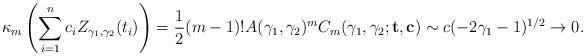
LaTeX: \begin{align*}\kappa_m\left(\sum_{i=1}^n c_i Z_{\gamma_1,\gamma_2}(t_i) \right)=\frac{1}{2}(m-1)!A(\gamma_1,\gamma_2)^m C_m(\gamma_1,\gamma_2;\mathbf{t},\mathbf{c})\sim c (-2\gamma_1-1)^{1/2}\rightarrow 0.\end{align*}